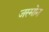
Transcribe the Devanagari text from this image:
जस्मोन